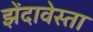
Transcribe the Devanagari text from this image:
झेंदावेस्ता